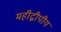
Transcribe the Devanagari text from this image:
महीद्वीपीय